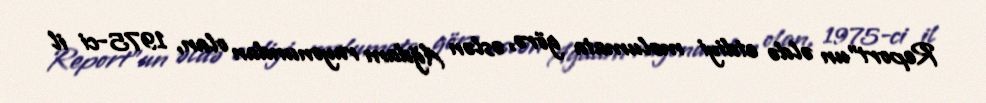
Report"un əldə etdiyi məlumata görə, əslən Ağdam rayonundan olan, 1975-ci il